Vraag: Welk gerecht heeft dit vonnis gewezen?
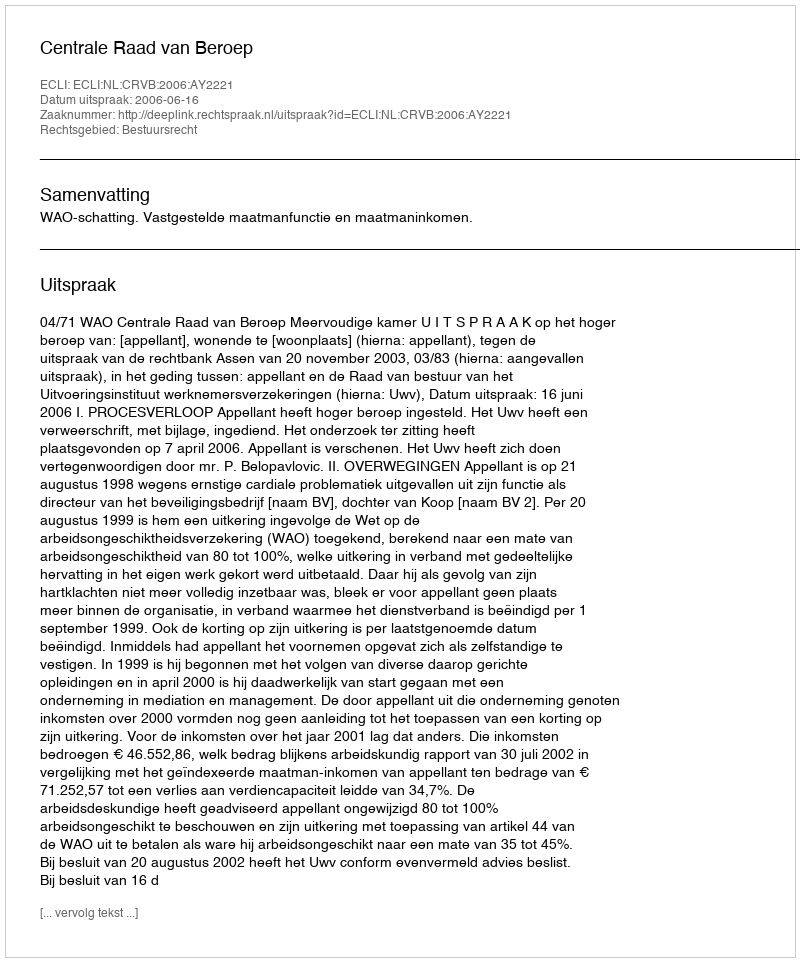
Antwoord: Centrale Raad van Beroep